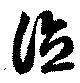
德